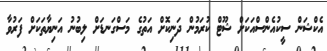
އެކްޝަން ސީކުއެންސްއަަކަށް ޝޫޓް ކުރަމުން ދަނިކޮށް އަތުގެ މަސްގަނޑަށް ލިބުނު އަނިޔާތަކަށް ފަރުވާ